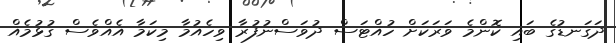
ދަގަނޑުގެ ބައި ކޮންމެ ވަރަކަށް ހުއްޓަސް ދުވަސްނުފުރާ ވިހެއުމާ މިކަމާ އެއްވެސް ގުޅުމެއް